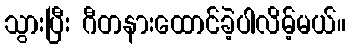
သွားပြီး ဂီတနားထောင်ခဲ့ပါလိမ့်မယ်။